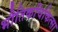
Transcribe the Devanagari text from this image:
भौतिकचिकित्सा